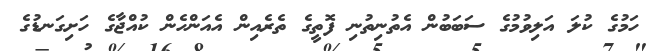
ހަމުގެ ކުލަ އަލިވުމުގެ ސަބަބުން އެތުނިތުނި ފޮތީގެ ތެރެއިން އެއަންހެން ކުއްޖާގެ ހަށިގަނޑުގެ